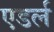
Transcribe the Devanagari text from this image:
एडर्ल